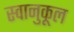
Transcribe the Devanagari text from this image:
स्वानुकूल